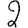
Digit: 2